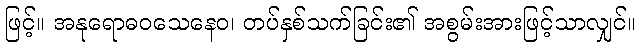
ဖြင့်။ အနုရောဓဝသေနေဝ၊ တပ်နှစ်သက်ခြင်း၏ အစွမ်းအားဖြင့်သာလျှင်။